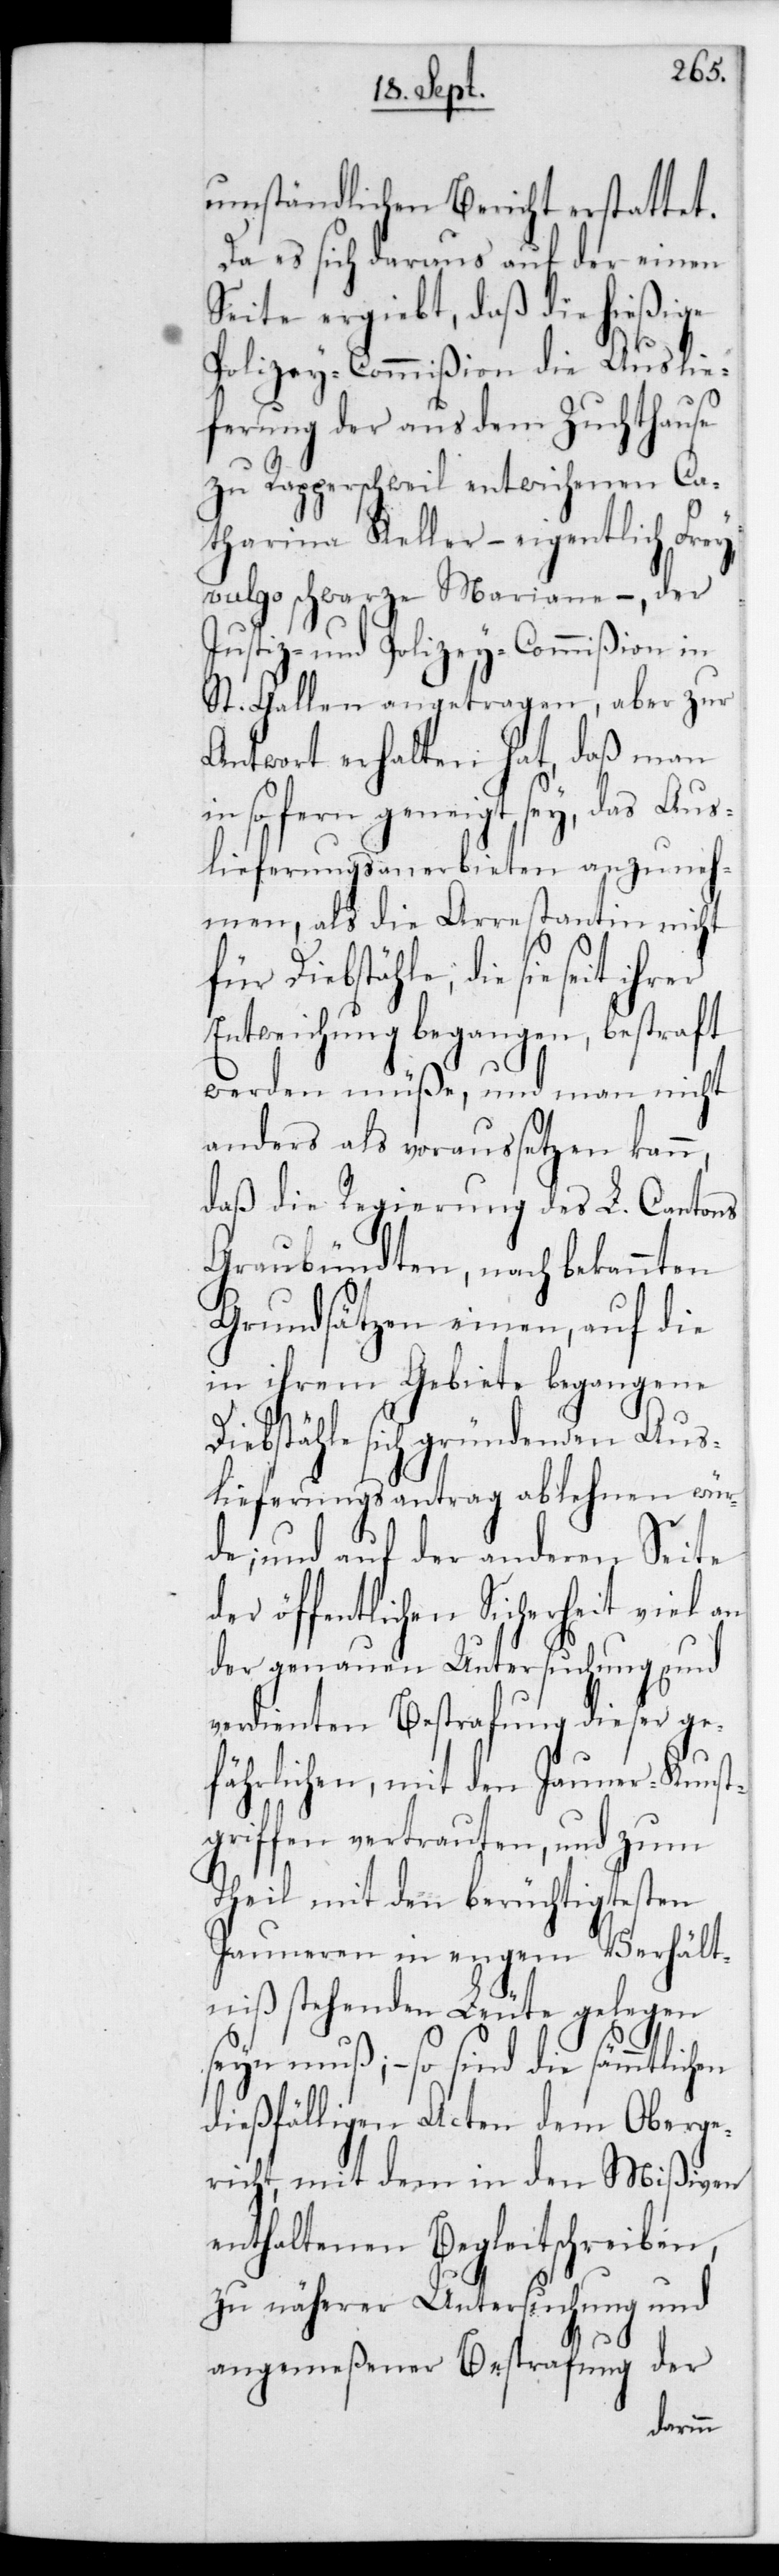
umständlichen Bericht erstattet.
Da es sich daraus auf der einen
Seite ergiebt, daß die hießige
Polizey-Commißion die Auslie¬
ferung der aus dem Zuchthause
zu Rapperschweil entwichenen Ca¬
tharina Keller, – eigentlich Frey,
vulgo schwarze Marianne, – der
Justiz- und Polizey-Commißion in
St. Gallen angetragen, aber zur
Antwort erhalten hat, daß man
in so fern geneigt sey, das Aus¬
lieferungsanerbieten anzuneh¬
men, als die Arrestantin nicht
für Diebstähle, die sie
Entweichung begangen, bestraft
werden müße, und man nicht
anders als voraussetzen kann,
daß die Regierung des L. Cantons
Graubündten, nach bekannten
Grundsätzen einen, auf die
in ihrem Gebiete begangene
Diebstähle sich gründenden Aus¬
lieferungsantrag ablehnen wür¬
de; und auf der anderen Seite
der öffentlichen Sicherheit viel an
der genauen Untersuchung und
verdienten Bestrafung dieser ge¬
fährlichen, mit den Jauner-Kunst¬
griffen vertrauten, und zum
Theil mit den berüchtigtesten
Jauneren in engem Verhält¬
niß stehenden Leute gelegen
sein muß; – so sind die sämmtli¬
dießfälligen Acten dem Oberge¬
richt, mit dem in den Mißiven
enthaltenen Begleitschreiben,
zu näherer Untersuchung und
angemeßener Bestrafung der
chen